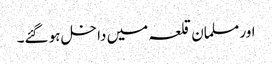
اور مسلمان قلعہ میں داخل ہو گئے۔